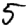
Digit: 5